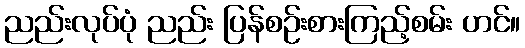
ညည်းလုပ်ပုံ ညည်း ပြန်စဉ်းစားကြည့်စမ်း ဟင်။